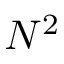
N ^ { 2 }